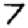
Digit: 7